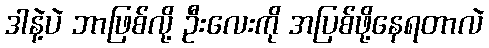
ဒါနဲ့ပဲ ဘာဖြစ်လို့ ဦးလေးကို အပြစ်ဖို့နေရတာလဲ